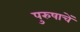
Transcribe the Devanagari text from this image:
पुरुषाचें